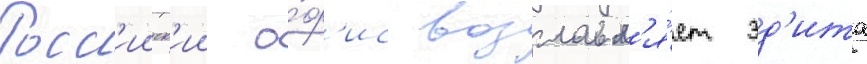
Росс'ииск'ии о́ф'ис возглавл'я́ет эд'ита